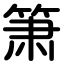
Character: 箫